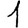
Digit: 1